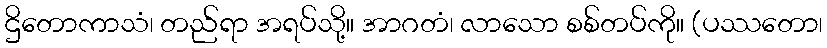
ဌိတောကာသံ၊ တည်ရာ အရပ်သို့။ အာဂတံ၊ လာသော စစ်တပ်ကို။ (ပဿတော၊